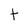
Character: t